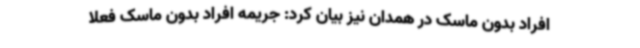
افراد بدون ماسک در همدان نیز بیان کرد: جریمه افراد بدون ماسک فعلاً